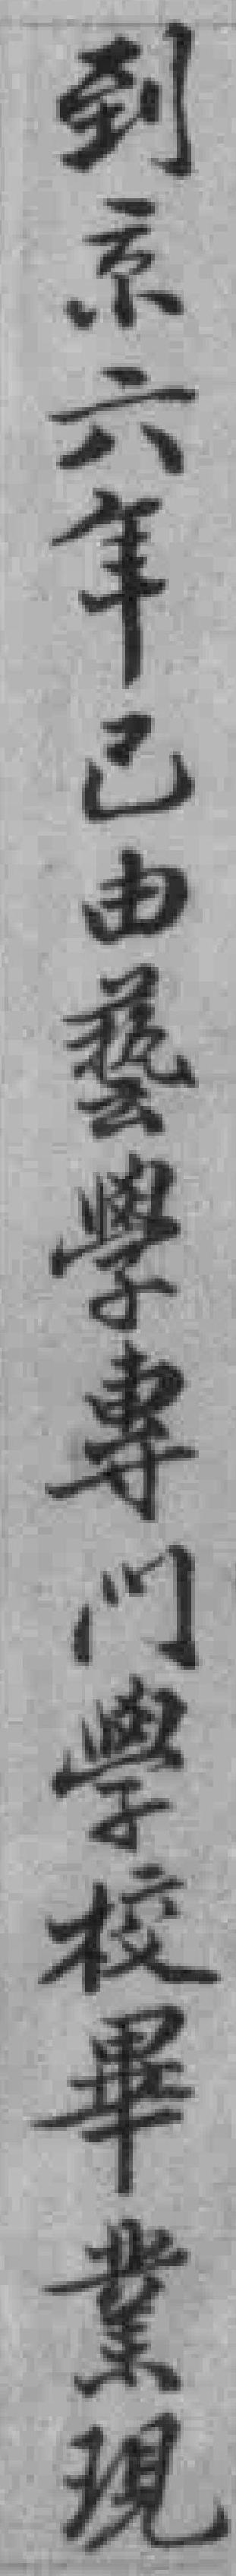
到京六年已由藝學專門學校畢業現